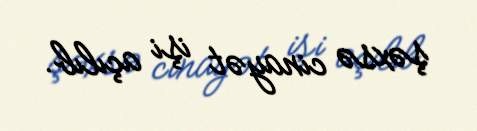
şəxsə cinayət işi açılıb.